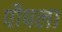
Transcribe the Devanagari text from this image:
पौषला